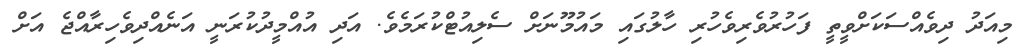
މިއަދު ދިވެއްސަކަށްވީތީ ފަހުރުވެރިވެހުރި ހާލުގައި މައުމޫނަށް ސެލިއުޓްކުރަމެވެ. އަދި އުއްމީދުކުރަނީ އަނެއްދިވެހިރާއްޖެ އަށް